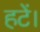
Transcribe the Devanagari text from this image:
हटें।